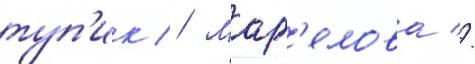
туп'ик // Марг'елова //